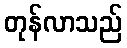
တုန်လာသည်